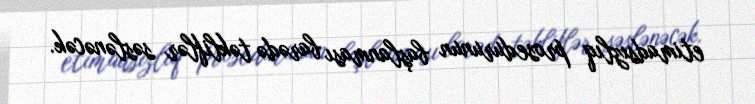
etimadsızlıq prosedurunun başlanması barədə təkliflər səslənəcək.